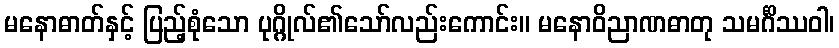
မနောဓာတ်နှင့် ပြည့်စုံသော ပုဂ္ဂိုလ်၏သော်လည်းကောင်း။ မနောဝိညာဏဓာတု သမင်္ဂိဿဝါ၊